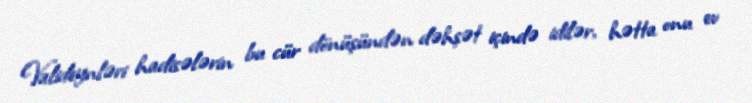
Valideynləri hadisələrin bu cür dönüşündən dəhşət içində idilər, hətta onu ev